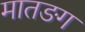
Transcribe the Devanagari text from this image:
मातङग